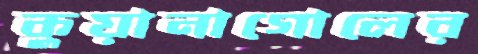
কুয়ানাগোলের